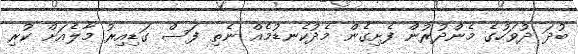
ބުދަ ދުވަހުގެ މެންދުރުން ފެށިގެން މެދުކެނޑުމެއް ނެތި ފަސް ގަޑިއިރު މާލެއަށް ކުރި